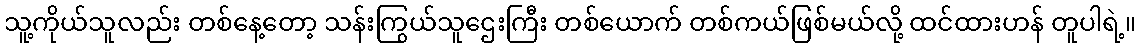
သူ့ကိုယ်သူလည်း တစ်နေ့တော့ သန်းကြွယ်သူဌေးကြီး တစ်ယောက် တစ်ကယ်ဖြစ်မယ်လို့ ထင်ထားဟန် တူပါရဲ့။